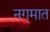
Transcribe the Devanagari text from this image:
नगमात